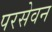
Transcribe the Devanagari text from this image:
परसेवन